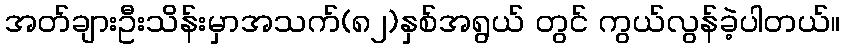
အတ်ချားဦးသိန်းမှာအသက်(၈၂)နှစ်အရွယ် တွင် ကွယ်လွန်ခဲ့ပါတယ်။